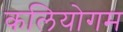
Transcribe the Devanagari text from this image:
कलियोगम